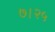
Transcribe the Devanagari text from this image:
७।२५